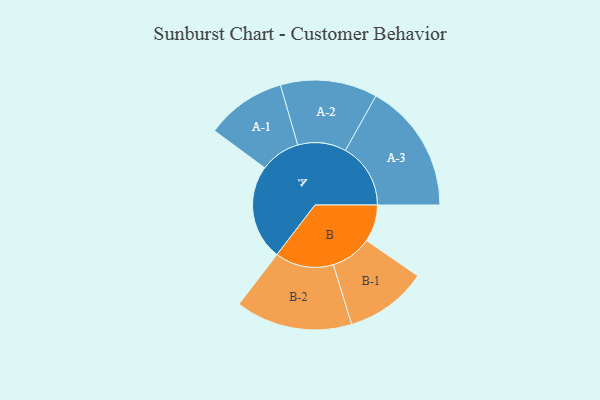
{"axis": {"x": "Segment", "y": "Value"}, "legend": ["", "A", "B"], "data": [{"x": "A", "y": 399, "type": ""}, {"x": "B", "y": 155, "type": ""}, {"x": "A-1", "y": 168, "type": "A"}, {"x": "A-2", "y": 203, "type": "A"}, {"x": "A-3", "y": 273, "type": "A"}, {"x": "B-1", "y": 172, "type": "B"}, {"x": "B-2", "y": 245, "type": "B"}]}